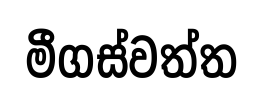
මීගස්වත්ත